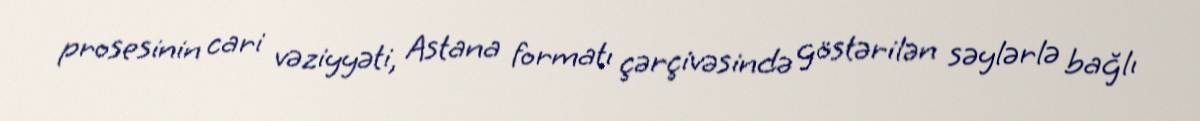
prosesinin cari vəziyyəti, Astana formatı çərçivəsində göstərilən səylərlə bağlı